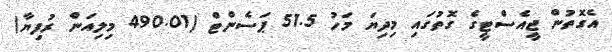
އެގޮތުން ޖީއެސްޓީގެ ގޮތުގައި މިދިޔަ މަހު 51.5 ޕަސެންޓް (490.01 މިލިއަން ރުފިޔާ)